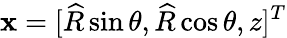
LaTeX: {\boldsymbol{\mathbf{x}}}=[\widehat{{R}}\sin\theta,\widehat{{R}}\cos\theta,z]^{T}